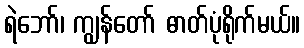
ရဲဘော်၊ ကျွန်တော် ဓာတ်ပုံရိုက်မယ်။